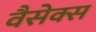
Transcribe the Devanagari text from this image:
वैसेक्स